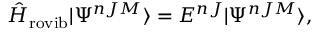
\hat { H } _ { \mathrm { r o v i b } } \vert \Psi ^ { n J M } \rangle = E ^ { n J } \vert \Psi ^ { n J M } \rangle ,